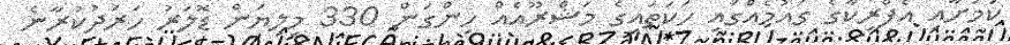
ކަމަށާއި އެފްރިކާގެ ގައުމެއްގައި ހަކަތައިގެ މަޝްރޫއެއް ހިންގަން 330 މިލިޔަން ޑޮލަރު ހަރަދުކުރާނެ